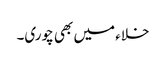
خلاء میں بھی چوری۔